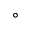
^ { \circ }